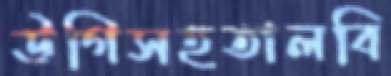
উগিসহতালবি